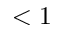
< 1